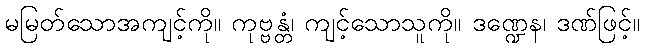
မမြတ်သောအကျင့်ကို။ ကုဗ္ဗန္တံ၊ ကျင့်သောသူကို။ ဒဏ္ဍေန၊ ဒဏ်ဖြင့်။